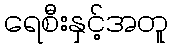
ရေစီးနှင့်အတူ